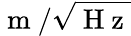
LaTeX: \mathrm{~m~}/\sqrt{\mathrm{~H~z~}}